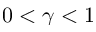
0 < \gamma < 1